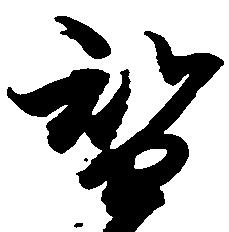
智